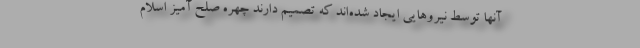
آنها توسط نیروهایی ایجاد شده‌اند که تصمیم دارند چهره صلح آمیز اسلام